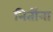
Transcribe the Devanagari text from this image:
नितींना